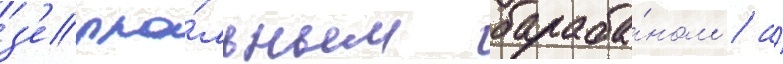
з'ерка́льным бараба́ном / а́